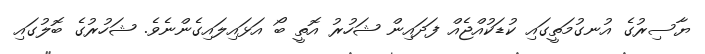
ޔާސިރުގެ އުނގުމަތީގައި ކުޑަކުއްޖެއް ފަދައިން ޝަހުރު އޮތީ ބޯ އަޅައިލައިގެންނެވެ. ޝަހުރުގެ ބޮލުގައި